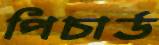
পিচার্ড